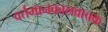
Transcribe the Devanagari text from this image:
वर्तमानकालवाचक